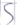
Text: S